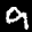
Label: 9